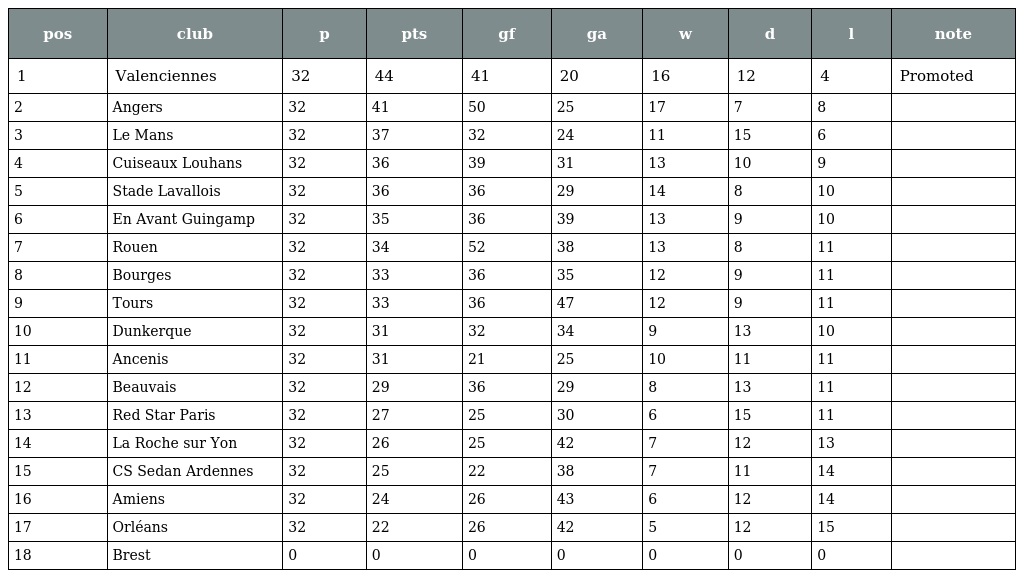
| pos | club | p | pts | gf | ga | w | d | l | note |
 | --- | --- | --- | --- | --- | --- | --- | --- | --- | --- |
 | 1 | Valenciennes | 32 | 44 | 41 | 20 | 16 | 12 | 4 | Promoted |
 | 2 | Angers | 32 | 41 | 50 | 25 | 17 | 7 | 8 |  |
 | 3 | Le Mans | 32 | 37 | 32 | 24 | 11 | 15 | 6 |  |
 | 4 | Cuiseaux Louhans | 32 | 36 | 39 | 31 | 13 | 10 | 9 |  |
 | 5 | Stade Lavallois | 32 | 36 | 36 | 29 | 14 | 8 | 10 |  |
 | 6 | En Avant Guingamp | 32 | 35 | 36 | 39 | 13 | 9 | 10 |  |
 | 7 | Rouen | 32 | 34 | 52 | 38 | 13 | 8 | 11 |  |
 | 8 | Bourges | 32 | 33 | 36 | 35 | 12 | 9 | 11 |  |
 | 9 | Tours | 32 | 33 | 36 | 47 | 12 | 9 | 11 |  |
 | 10 | Dunkerque | 32 | 31 | 32 | 34 | 9 | 13 | 10 |  |
 | 11 | Ancenis | 32 | 31 | 21 | 25 | 10 | 11 | 11 |  |
 | 12 | Beauvais | 32 | 29 | 36 | 29 | 8 | 13 | 11 |  |
 | 13 | Red Star Paris | 32 | 27 | 25 | 30 | 6 | 15 | 11 |  |
 | 14 | La Roche sur Yon | 32 | 26 | 25 | 42 | 7 | 12 | 13 |  |
 | 15 | CS Sedan Ardennes | 32 | 25 | 22 | 38 | 7 | 11 | 14 |  |
 | 16 | Amiens | 32 | 24 | 26 | 43 | 6 | 12 | 14 |  |
 | 17 | Orléans | 32 | 22 | 26 | 42 | 5 | 12 | 15 |  |
 | 18 | Brest | 0 | 0 | 0 | 0 | 0 | 0 | 0 |  |